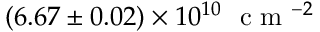
( 6 . 6 7 \pm 0 . 0 2 ) \times 1 0 ^ { 1 0 } ~ \textrm { c m } ^ { - 2 }